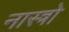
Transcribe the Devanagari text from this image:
नास्त्रो